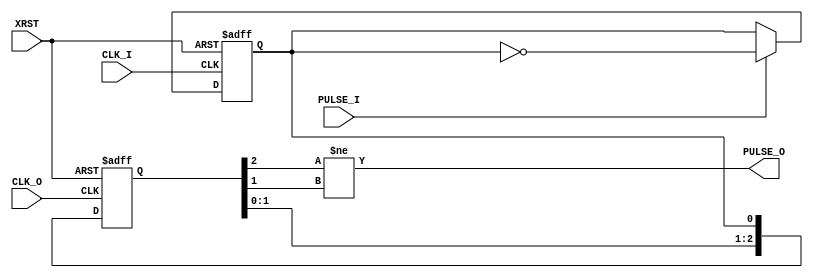
// =================================================================================================
// Module         : PULSE_GEN
// Function       : Synchronous. pulse from CLK_I to CLK_O
// Type           : RTL
// -------------------------------------------------------------------------------------------------
// Update History :
// -------------------------------------------------------------------------------------------------
// Rev.Level  Date         Coded by        Contents
// 0.1.0      xxxx/xx/xx   TEDWX)wang.d    Create new
//
// =================================================================================================
// End Revision
// =================================================================================================

// =============================================================================
// RTL Header
// =============================================================================

`timescale 1ns / 1ps

module PULSE_GEN (
    XRST            ,   // Reset Input ( Asynchronous )
    CLK_I           ,   // clock at input side
    CLK_O           ,   // clock at output side
    PULSE_I         ,   // pulse input
    PULSE_O             // pulse output
) ;

    parameter           P_TYPE = 8'd0   ;

//==========================================================
//  Declare the port directions
//==========================================================

    input               XRST            ;   // Reset Input ( Asynchronous )
    input               CLK_I           ;   // clock at input side
    input               CLK_O           ;   // clock at output side
    input               PULSE_I         ;   // pulse input
    output              PULSE_O         ;   // pulse output

//==========================================================
//  Internal signals define
//==========================================================

    reg                 r_PULSE_I   ;
    reg     [2:0]       r_PULSE_O   /* synthesis syn_maxfan=9999 */; //r_PULSE_O[0], r_pluse_o[1] should not be duplicated
	// synthesis attribute MAX_FANOUT of r_PULSE_O is 9999;

//==========================================================
//  RTL Body
//==========================================================

    generate
    if(P_TYPE == 0) begin :TYPE_0_PULSEGEN

//==========================================================
//  Input pulse keep ( CLK_I domain )
//==========================================================
        always @( posedge CLK_I or posedge XRST ) begin
            if( XRST ) begin
                r_PULSE_I       <= 1'b0 ;
            end else begin
                if ( PULSE_I == 1'b1 ) begin
                    r_PULSE_I   <= ~r_PULSE_I ;
                end
            end
        end

//==========================================================
//  Output pulse sync. and generate  ( CLK_O domain )
//==========================================================
        always @( posedge CLK_O or posedge XRST ) begin
            if( XRST ) begin
                r_PULSE_O   <= 3'b000 ;
            end else begin
                r_PULSE_O   <= { r_PULSE_O[1:0] , r_PULSE_I } ;
            end
        end

        assign PULSE_O = (r_PULSE_O[2] != r_PULSE_O[1] ) ;   // 0 -> 1

    end
    endgenerate

endmodule